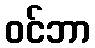
ဝင်ဘာ